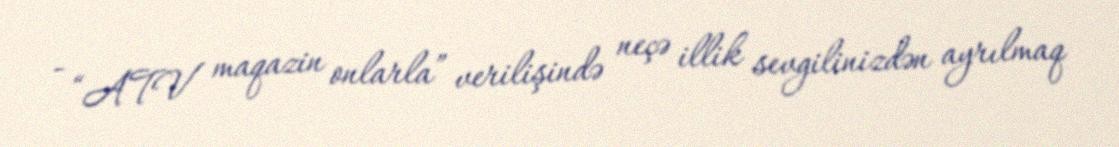
- “ATV maqazin onlarla” verilişində neçə illik sevgilinizdən ayrılmaq